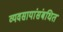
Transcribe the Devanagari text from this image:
व्यवसायांसंबधित